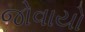
જોવાયો